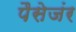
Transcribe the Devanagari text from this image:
पैसेजंर